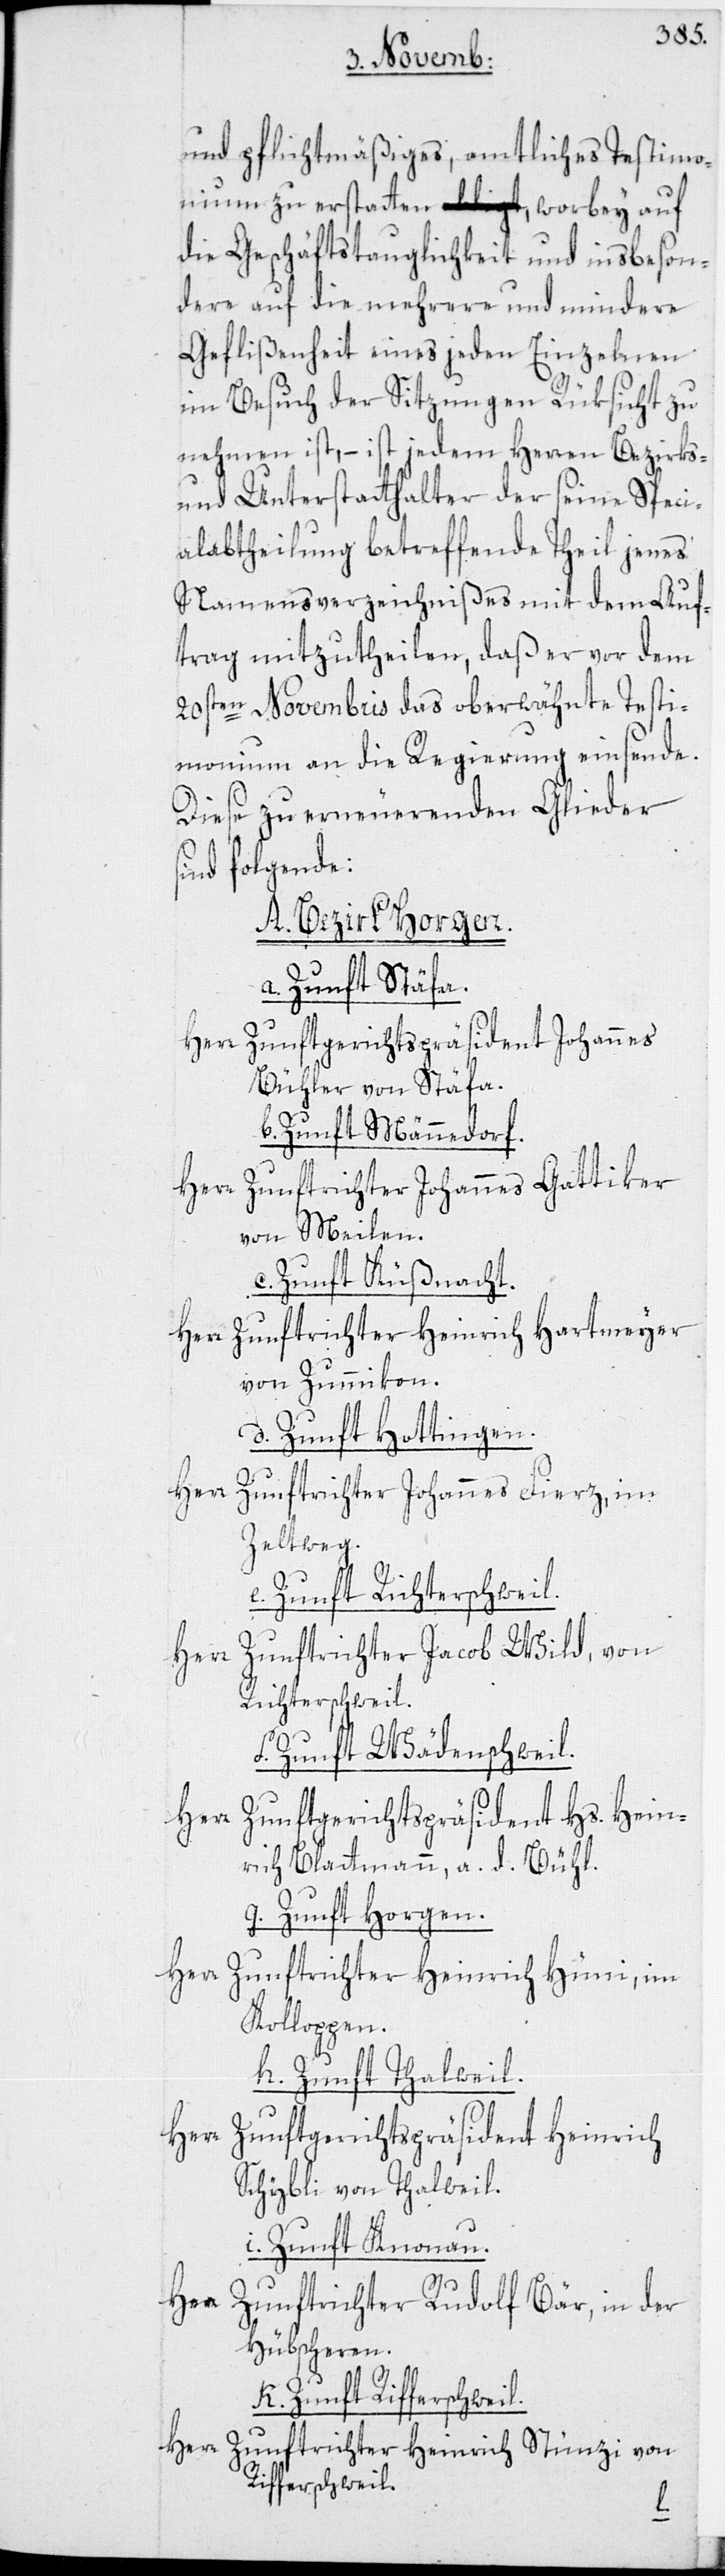
und pflichtmäßiges, amtliches Testimo¬
nium zu erstatten, worbey auf
die Geschäftstauglichkeit und insbeson¬
dere auf die mehrere und mindere
Geflißenheit eines jeden Einzelnen
im Besuch der Sitzungen Rüksicht zu
nehmen ist, – ist jedem Herren Bezirks-
und Unterstatthalter der seine Speci¬
alabtheilung betreffende Theil jenes
Namensverzeichnißes mit dem Auf¬
trag mitzutheilen, daß er vor dem
20sten Novembris das oberwähnte Testi¬
monium an die Regierung einsende.
Diese zu erneuerenden Glieder s¬
ind folgende:
A. Bezirk Horgen.
a. Zunft Stäfa.
Herr Zunftgerichtspräsident Johannes
Bühler von Stäfa.
b. Zunft Männedorf.
Herr Zunftrichter Johannes Gattiker
von Meilen.
c. Zunft Küßnacht.
Herr Zunftrichter Heinrich Hartmeyer
von Zummikon.
d. Zunft Hottingen.
Herr
Zunftrichter Johannes Fierz, im
Zeltweg.
e. Zunft Richterswil.
Herr Zunftrichter Jacob Wild, von
Richterschweil.
f. Zunft Wädenschweil.
Herr Zunftgerichtspräsident Hs. Hein¬
rich Blattmann, a. d. Bühl.
g. Zunft Horgen.
Herr Zunftrichter Heinrich Hüni, im
Kolloppen.
h. Zunft Thalwil.
Herr Zunftgerichtspräsident Heinrich
Schybli von Thalweil.
i. Zunft Knonau.
Herr
Zunftrichter Rudolf Bär, in der
Hübscheren.
k. Zunft Rifferschweil.
Herr Zunftrichter Heinrich Stünzi von
Rifferschweil.